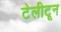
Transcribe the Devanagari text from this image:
टेलीटून